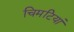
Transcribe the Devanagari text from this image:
चिमटियां